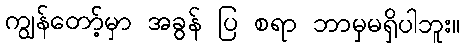
ကျွန်တော့်မှာ အခွန် ပြ စရာ ဘာမှမရှိပါဘူး။